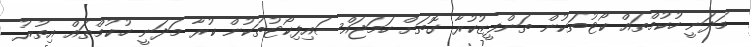
މަދަނީ ހުކުމްތައް ކޯޓުތަކުން ތަންފީޒުކުރާ ގޮތަށް ހަމަޖައްސައިފިކޯޓުތަކުން ކުރާ މަދަނީ ހުކުމްތައް އިތުރު